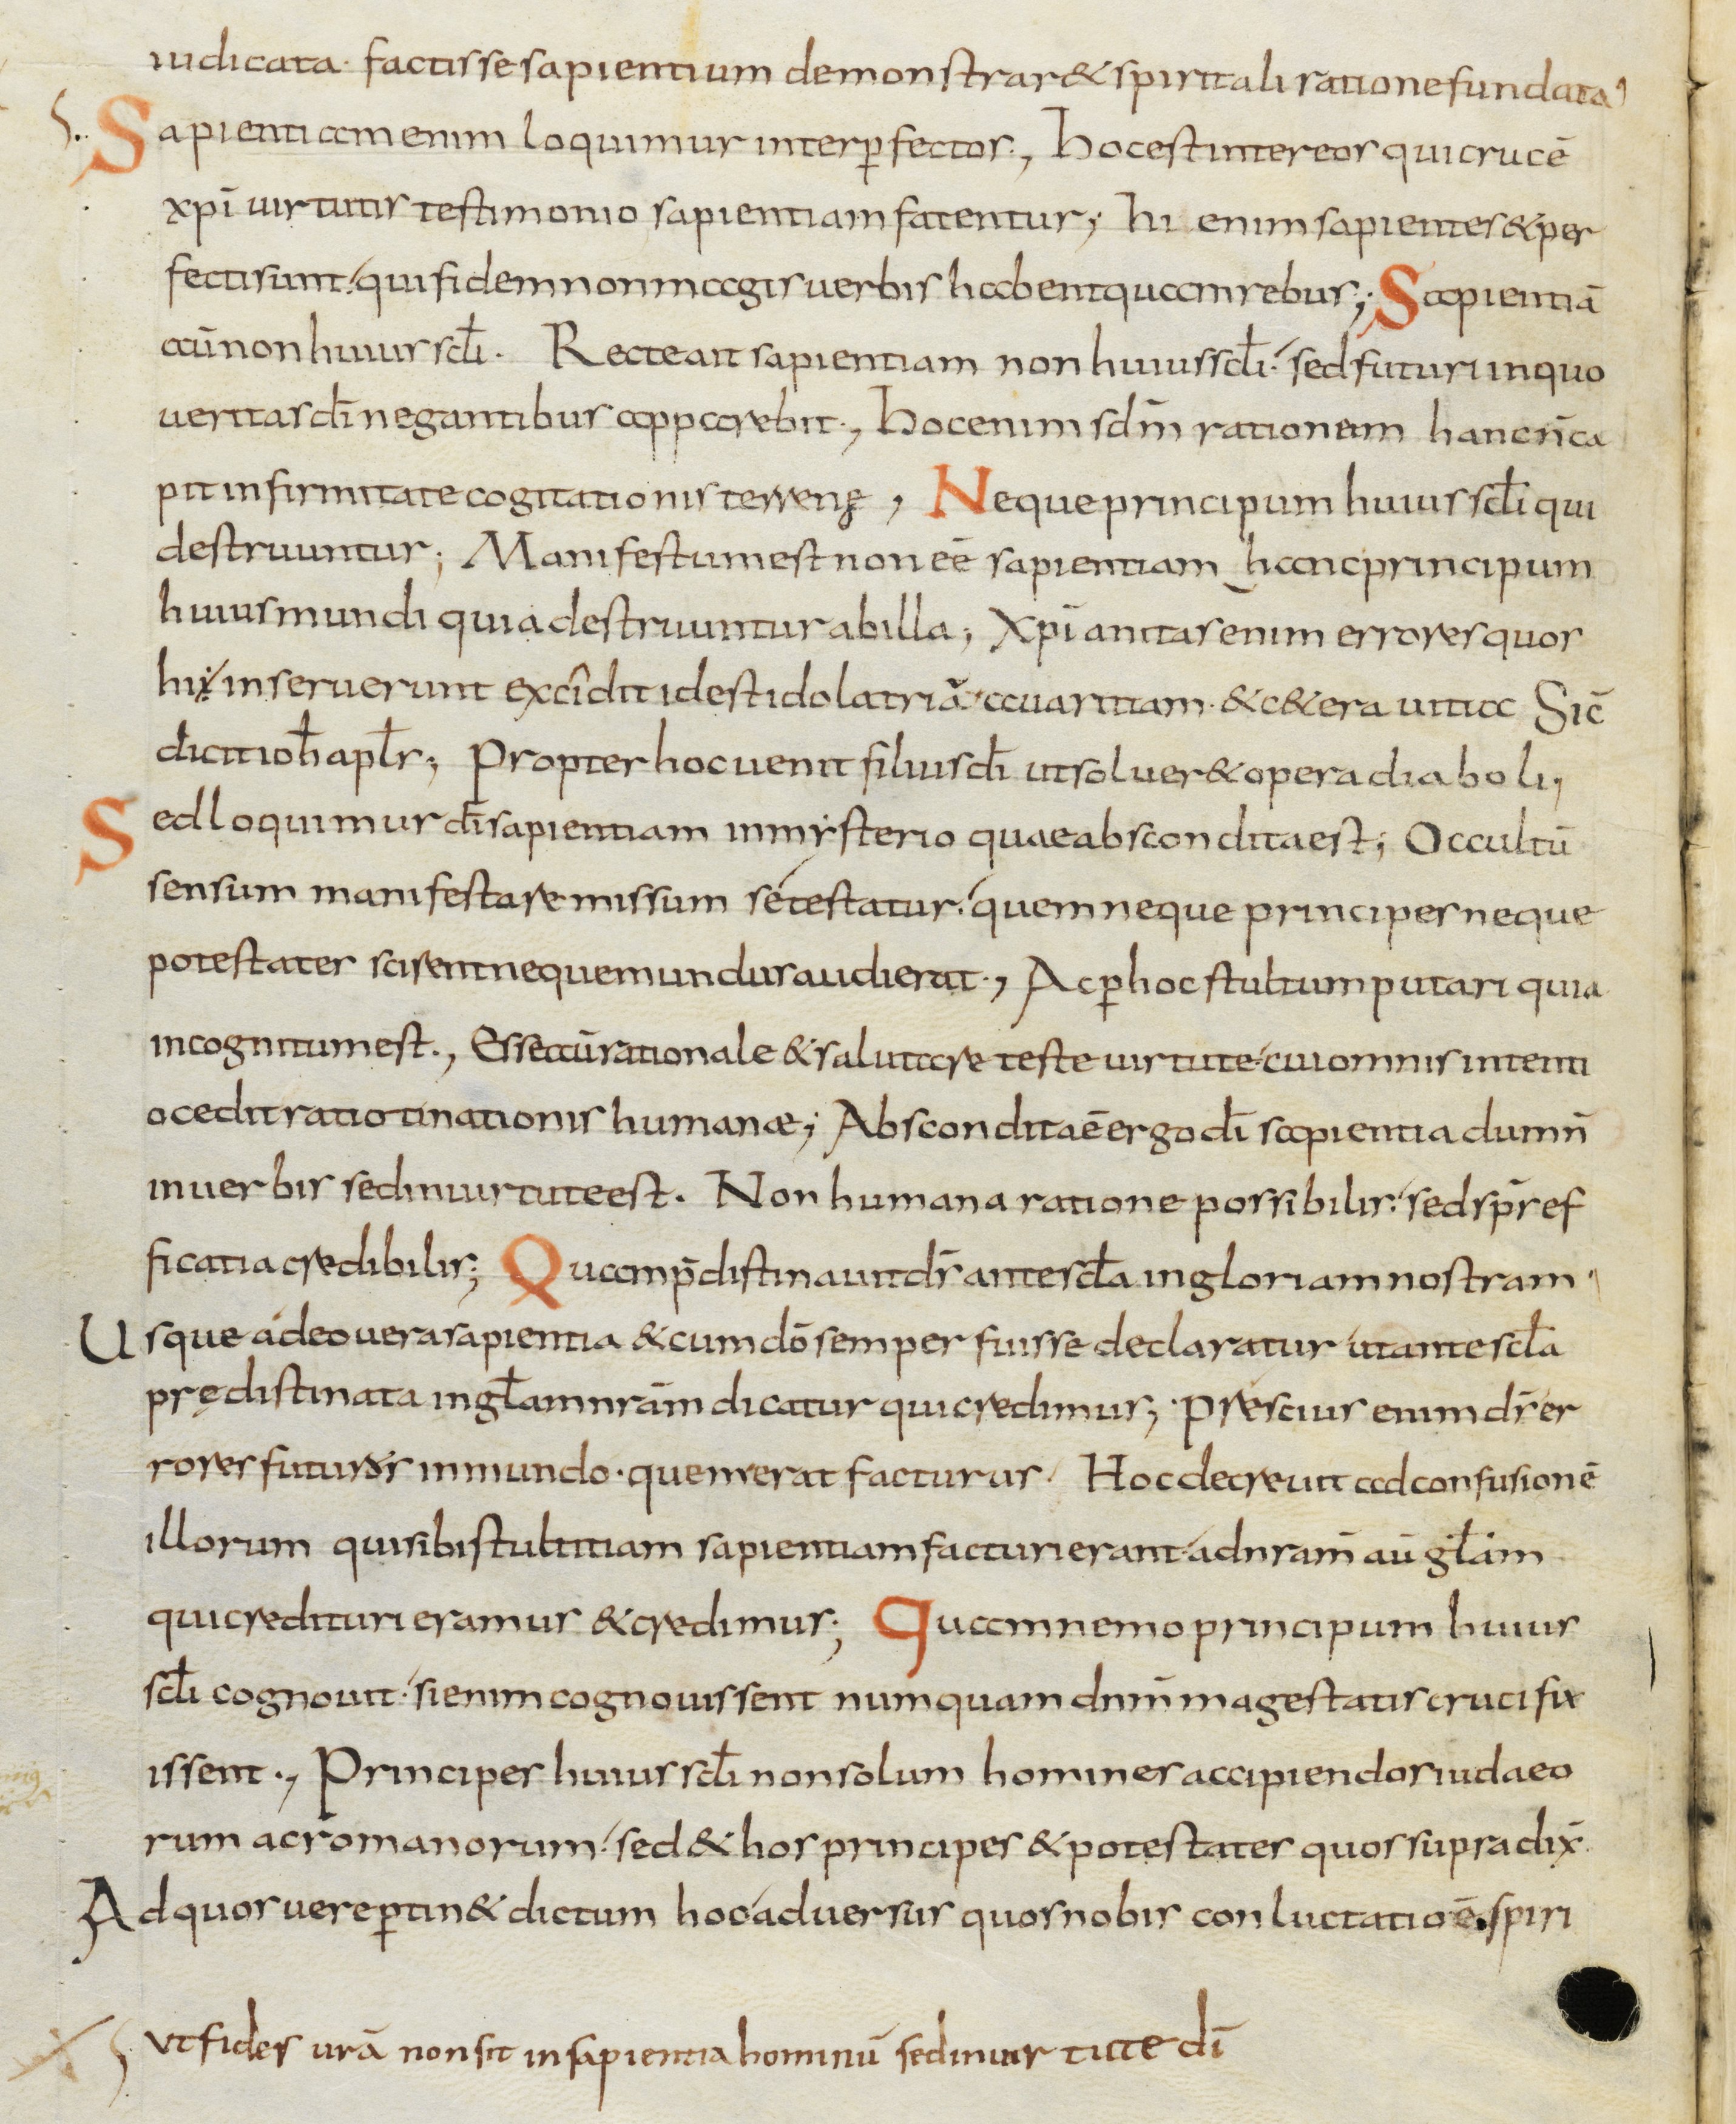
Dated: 800–899